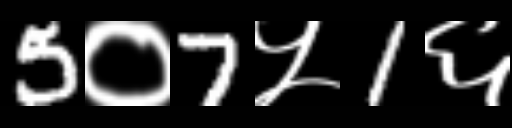
Text: 5०7५1६